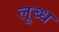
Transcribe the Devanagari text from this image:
लूब्ध